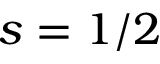
s = 1 / 2